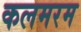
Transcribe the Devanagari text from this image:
कलमरम